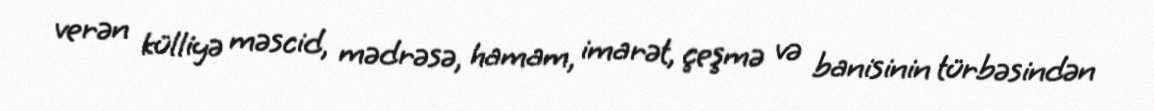
verən külliyə məscid, mədrəsə, hamam, imarət, çeşmə və banisinin türbəsindən